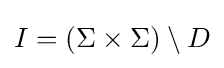
I=(\Sigma \times \Sigma )\setminus D